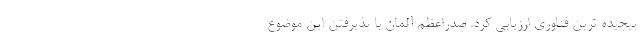
پیچیده ترین فناوری ارزیابی کرد. صدراعظم آلمان با پذیرفتن این موضوع